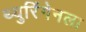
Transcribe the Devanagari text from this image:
थ्युरिंगेनला